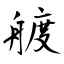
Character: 艔